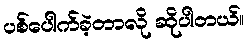
ပစ်ပေါက်ခဲ့တာလို ဆိုပါတယ်။